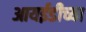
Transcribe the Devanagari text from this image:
आयईडीच्या